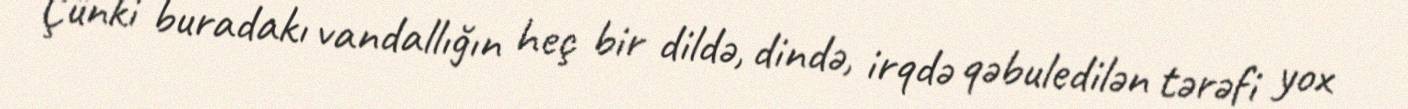
Çünki buradakı vandallığın heç bir dildə, dində, irqdə qəbuledilən tərəfi yox